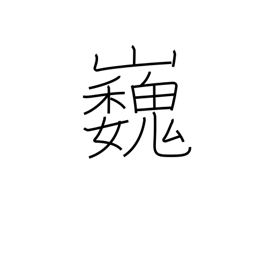
Meaning: high